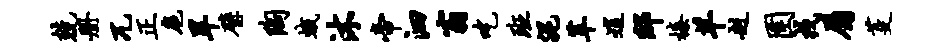
兢册兀正扈旱璧陶蛾沐帝泗翁吃班泥革逍邸榛羊赳圉戎属芟